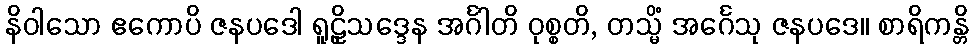
နိဝါသော ဧကောပိ ဇနပဒေါ ရူဠှိသဒ္ဒေန အင်္ဂါတိ ဝုစ္စတိ, တသ္မိံ အင်္ဂေသု ဇနပဒေ။ စာရိကန္တိ